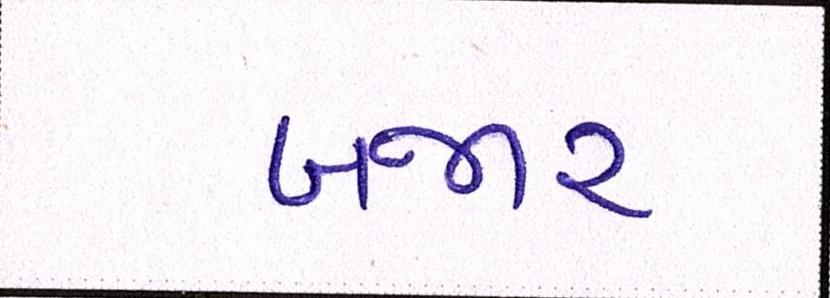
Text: બજાર